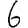
Digit: 6